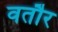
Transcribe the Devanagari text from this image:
वतौर